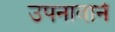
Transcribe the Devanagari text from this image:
उपनावाने